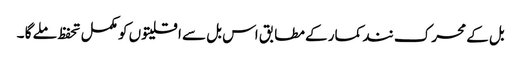
بل کے محرک نند کمار کے مطابق اس بل سے اقلیتوں کو مکمل تحفظ ملے گا ۔